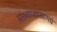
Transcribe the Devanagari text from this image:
संख्याशास्त्रामधे